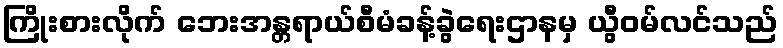
ကြိုးစားလိုက် ဘေးအန္တရာယ်စီမံခန့်ခွဲရေးဌာနမှ ယွီဝမ်လင်သည်